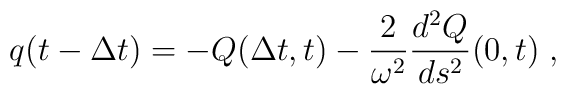
q(t - {\Delta t}) = - Q({\Delta t},t) - {2 \over \omega^2} {d^2 Q \over ds^2}(0,t) \; ,